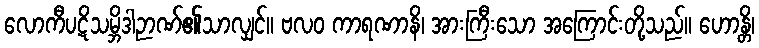
လောကီပဋိသမ္ဘိဒါဉာဏ်၏သာလျှင်။ ဗလဝ ကာရဏာနိ၊ အားကြီးသော အကြောင်းတို့သည်။ ဟောန္တိ၊